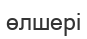
өлшері